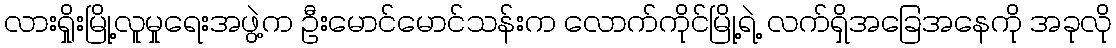
လားရှိုးမြို့လူမှုရေးအဖွဲ့က ဦးမောင်မောင်သန်းက လောက်ကိုင်မြို့ရဲ့ လက်ရှိအခြေအနေကို အခုလို